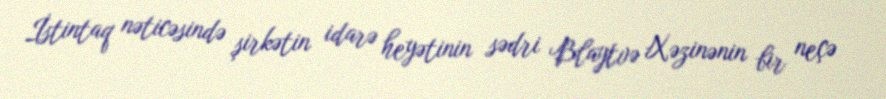
İstintaq nəticəsində şirkətin idarə heyətinin sədri Blaytvə Xəzinənin bir neçə